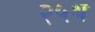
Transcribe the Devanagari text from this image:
२५थ